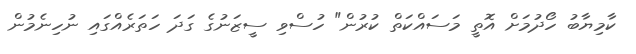
ކާމިޔާބު ހޯދުމަށް އޮތީ މަސައްކަތް ކުރުން" ހުސްވި ސީޒަނުގެ ގަދަ ހަތަރެއްގައި ނުހިނެމުން